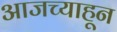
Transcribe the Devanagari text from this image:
आजच्याहून